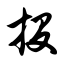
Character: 投